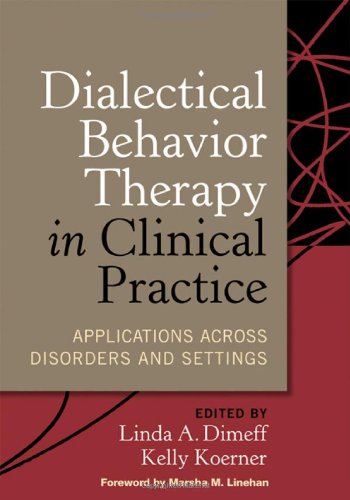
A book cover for Dialectical Behavior Therapy in Clinical Practice: Applications across Disorders and Settings; Self-Help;